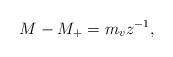
LaTeX: \begin{align*}M - M_+ = m_v z^{-1},\end{align*}